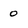
Character: 0